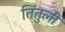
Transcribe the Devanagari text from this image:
तिंतुली